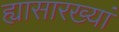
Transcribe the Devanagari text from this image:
ह्यासारख्यां